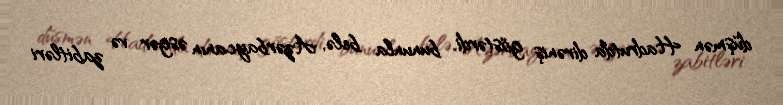
düşmən Hadrutda dirəniş göstərdi, bununla belə, Azərbaycanın əsgər və zabitləri